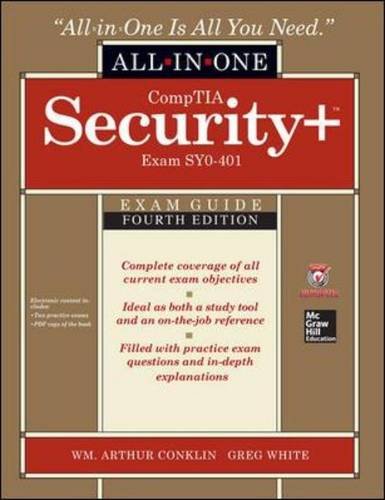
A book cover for CompTIA Security+ All-in-One Exam Guide, Fourth Edition (Exam SY0-401); Wm. Arthur Conklin; Computers & Technology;